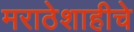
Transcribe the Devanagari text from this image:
मराठेशाहीचे